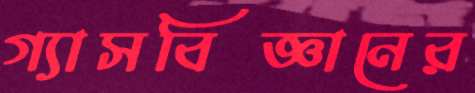
গ্যাসবিজ্ঞানের